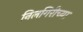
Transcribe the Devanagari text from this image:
निलगिरीच्‍या